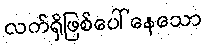
လက်ရှိဖြစ်ပေါ်နေသော